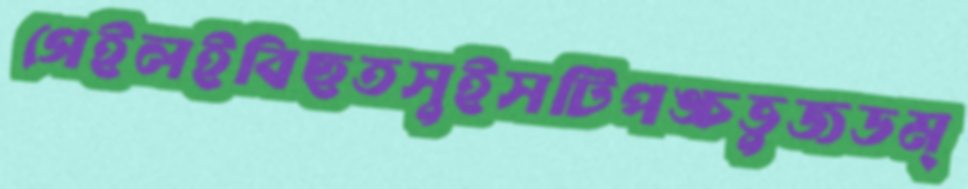
গেইলইবিছতসুইসটিপঙ্চভুজডম্